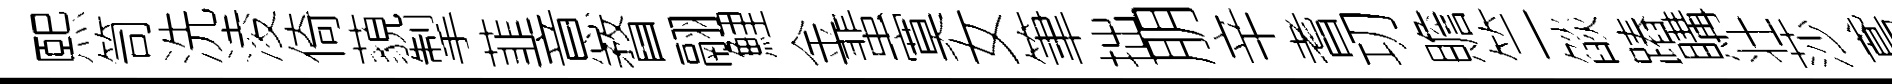
熙笥洗淩倚藐掣韮意瞀翮鯉金蜚寞女筆拙朋辛耆㓛贍竺燄蹖購壮莎鳶